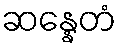
ဆန္နေတံ